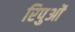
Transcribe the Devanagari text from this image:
रिपुओं